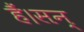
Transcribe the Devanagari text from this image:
हैं।सन्